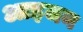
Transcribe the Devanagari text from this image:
आइजन